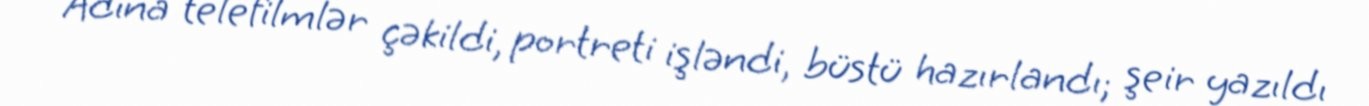
Adına telefilmlər çəkildi, portreti işləndi, büstü hazırlandı; şeir yazıldı